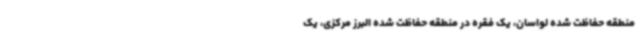
منطقه حفاظت شده لواسان، یک فقره در منطقه حفاظت شده البرز مرکزی، یک